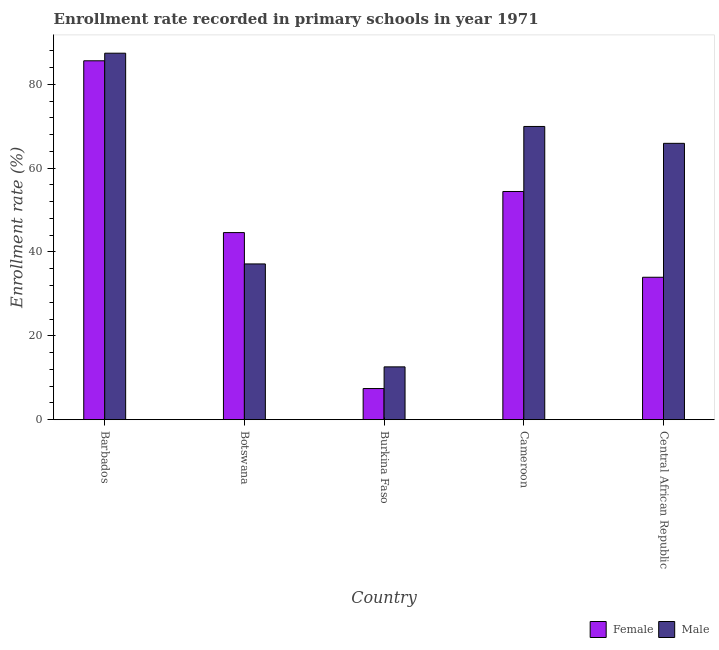
| Country | Female | Male |
 | --- | --- | --- |
 | Barbados | 85.6 | 87.4 |
 | Botswana | 44.6 | 37.2 |
 | Burkina Faso | 7.43 | 12.6 |
 | Cameroon | 54.4 | 69.9 |
 | Central African Republic | 34 | 65.9 |